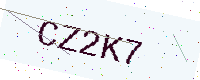
Text: CZ2K7